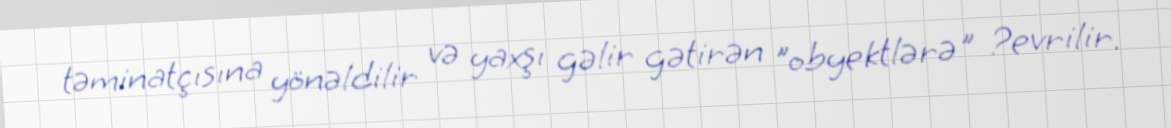
təminatçısına yönəldilir və yaxşı gəlir gətirən "obyektlərə" ?evrilir.